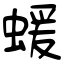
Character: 蝯